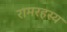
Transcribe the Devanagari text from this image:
रामरहस्य